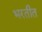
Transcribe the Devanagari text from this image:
भरतीत